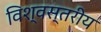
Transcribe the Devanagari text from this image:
विश्‍वस्तरीय